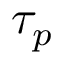
\tau _ { p }